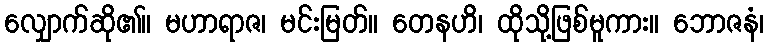
လျှောက်ဆို၏။ မဟာရာဇ၊ မင်းမြတ်။ တေနဟိ၊ ထိုသို့ဖြစ်မူကား။ ဘောဇနံ၊